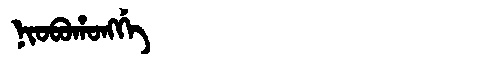
Manchu: ᠨᡳᠣᠪᠣᡥᠣᠩᡤᡝ
Romanization: NIOBOHONGGE